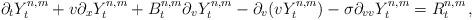
LaTeX: \begin{align*}\partial_t Y^{n,m}_t + v \partial_xY^{n,m}_t + B^{n,m}_t \partial_vY^{n,m}_t -\partial_v(vY^{n,m}_t)-\sigma \partial_{vv} Y^{n,m}_t = R^{n,m}_t\,, \end{align*}